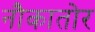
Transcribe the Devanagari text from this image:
नौकातोर